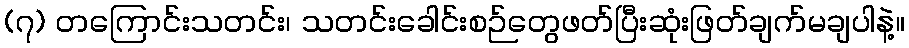
(၇) တကြောင်းသတင်း၊ သတင်းခေါင်းစဉ်တွေဖတ်ပြီးဆုံးဖြတ်ချက်မချပါနဲ့။